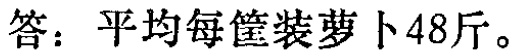
答：平均每筐装萝卜48斤。